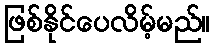
ဖြစ်နိုင်ပေလိမ့်မည်။